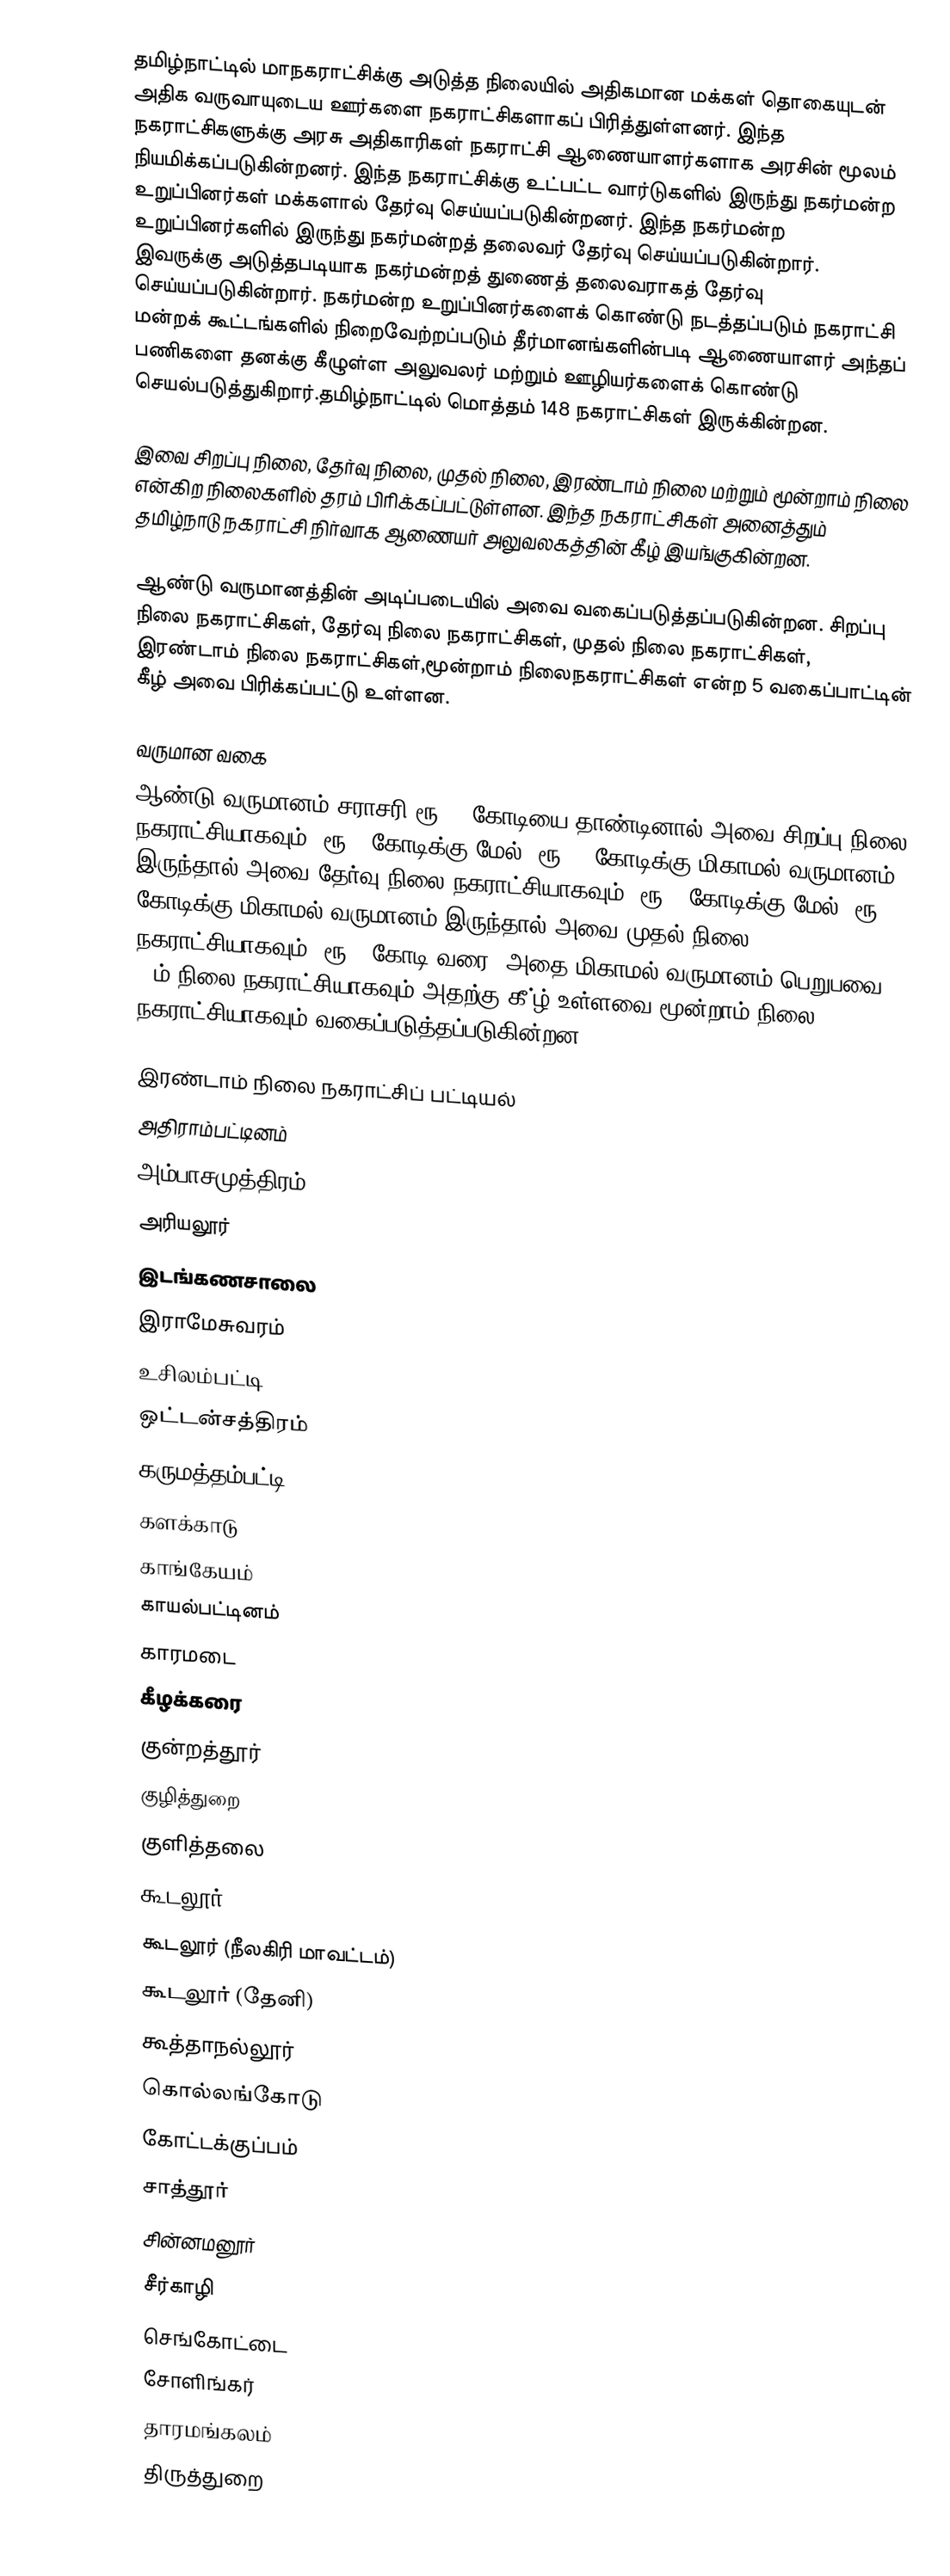
தமிழ்நாட்டில் மாநகராட்சிக்கு அடுத்த நிலையில் அதிகமான மக்கள் தொகையுடன் அதிக வருவாயுடைய ஊர்களை நகராட்சிகளாகப் பிரித்துள்ளனர். இந்த நகராட்சிகளுக்கு அரசு அதிகாரிகள் நகராட்சி ஆணையாளர்களாக அரசின் மூலம் நியமிக்கப்படுகின்றனர். இந்த நகராட்சிக்கு உட்பட்ட வார்டுகளில் இருந்து நகர்மன்ற உறுப்பினர்கள் மக்களால் தேர்வு செய்யப்படுகின்றனர். இந்த நகர்மன்ற உறுப்பினர்களில் இருந்து நகர்மன்றத் தலைவர் தேர்வு செய்யப்படுகின்றார். இவருக்கு அடுத்தபடியாக நகர்மன்றத் துணைத் தலைவராகத் தேர்வு செய்யப்படுகின்றார். நகர்மன்ற உறுப்பினர்களைக் கொண்டு நடத்தப்படும் நகராட்சி மன்றக் கூட்டங்களில் நிறைவேற்றப்படும் தீர்மானங்களின்படி ஆணையாளர் அந்தப் பணிகளை தனக்கு கீழுள்ள அலுவலர் மற்றும் ஊழியர்களைக் கொண்டு செயல்படுத்துகிறார்.தமிழ்நாட்டில் மொத்தம் 148 நகராட்சிகள் இருக்கின்றன.

இவை சிறப்பு நிலை, தேர்வு நிலை, முதல் நிலை, இரண்டாம் நிலை மற்றும் மூன்றாம் நிலை என்கிற நிலைகளில் தரம் பிரிக்கப்பட்டுள்ளன. இந்த நகராட்சிகள் அனைத்தும் தமிழ்நாடு நகராட்சி நிர்வாக ஆணையர் அலுவலகத்தின் கீழ் இயங்குகின்றன.

ஆண்டு வருமானத்தின் அடிப்படையில் அவை வகைப்படுத்தப்படுகின்றன. சிறப்பு நிலை நகராட்சிகள், தேர்வு நிலை நகராட்சிகள், முதல் நிலை நகராட்சிகள், இரண்டாம் நிலை நகராட்சிகள்,மூன்றாம் நிலைநகராட்சிகள் என்ற 5 வகைப்பாட்டின் கீழ் அவை பிரிக்கப்பட்டு உள்ளன.

வருமான வகை
ஆண்டு வருமானம் சராசரி ரூ.10 கோடியை தாண்டினால் அவை சிறப்பு நிலை நகராட்சியாகவும், ரூ.6 கோடிக்கு மேல், ரூ.10 கோடிக்கு மிகாமல் வருமானம் இருந்தால் அவை தேர்வு நிலை நகராட்சியாகவும், ரூ.4 கோடிக்கு மேல், ரூ.6 கோடிக்கு மிகாமல் வருமானம் இருந்தால் அவை முதல் நிலை நகராட்சியாகவும், ரூ.4 கோடி வரை, அதை மிகாமல் வருமானம் பெறுபவை 2-ம் நிலை நகராட்சியாகவும் அதற்கு கீ்ழ் உள்ளவை மூன்றாம் நிலை நகராட்சியாகவும் வகைப்படுத்தப்படுகின்றன.

இரண்டாம் நிலை நகராட்சிப் பட்டியல்
அதிராம்பட்டினம்
அம்பாசமுத்திரம்
அரியலூர்
இடங்கணசாலை
இராமேசுவரம்
உசிலம்பட்டி
ஒட்டன்சத்திரம்
கருமத்தம்பட்டி
களக்காடு
காங்கேயம்
காயல்பட்டினம்
காரமடை
கீழக்கரை
குன்றத்தூர்
குழித்துறை
குளித்தலை
கூடலூர்
கூடலூர் (நீலகிரி மாவட்டம்)
கூடலூர் (தேனி)
கூத்தாநல்லூர்
கொல்லங்கோடு
கோட்டக்குப்பம்
சாத்தூர்
சின்னமனூர்
சீர்காழி
செங்கோட்டை
சோளிங்கர்
தாரமங்கலம்
திருத்துறை